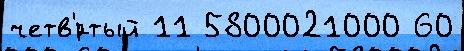
четв'́ртый 11 5800021000 60